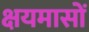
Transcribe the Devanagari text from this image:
क्षयमासों